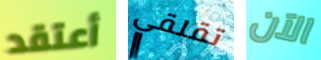
أعتقد تقلقي الآن